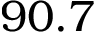
9 0 . 7